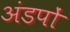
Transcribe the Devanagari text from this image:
अंडपों